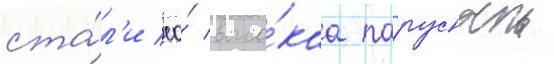
ста́л'и ео́ высо́каа парусность